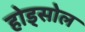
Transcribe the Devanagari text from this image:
होड्सोल